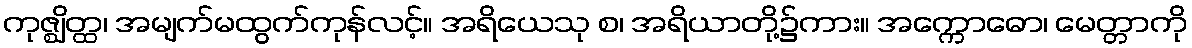
ကုဇ္ဈိတ္ထ၊ အမျက်မထွက်ကုန်လင့်။ အရိယေသု စ၊ အရိယာတို့၌ကား။ အက္ကောဓော၊ မေတ္တာကို